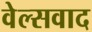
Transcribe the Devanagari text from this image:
वेल्सवाद